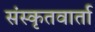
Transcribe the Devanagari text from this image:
संस्कृतवार्ता